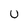
Character: U